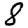
Digit: 8